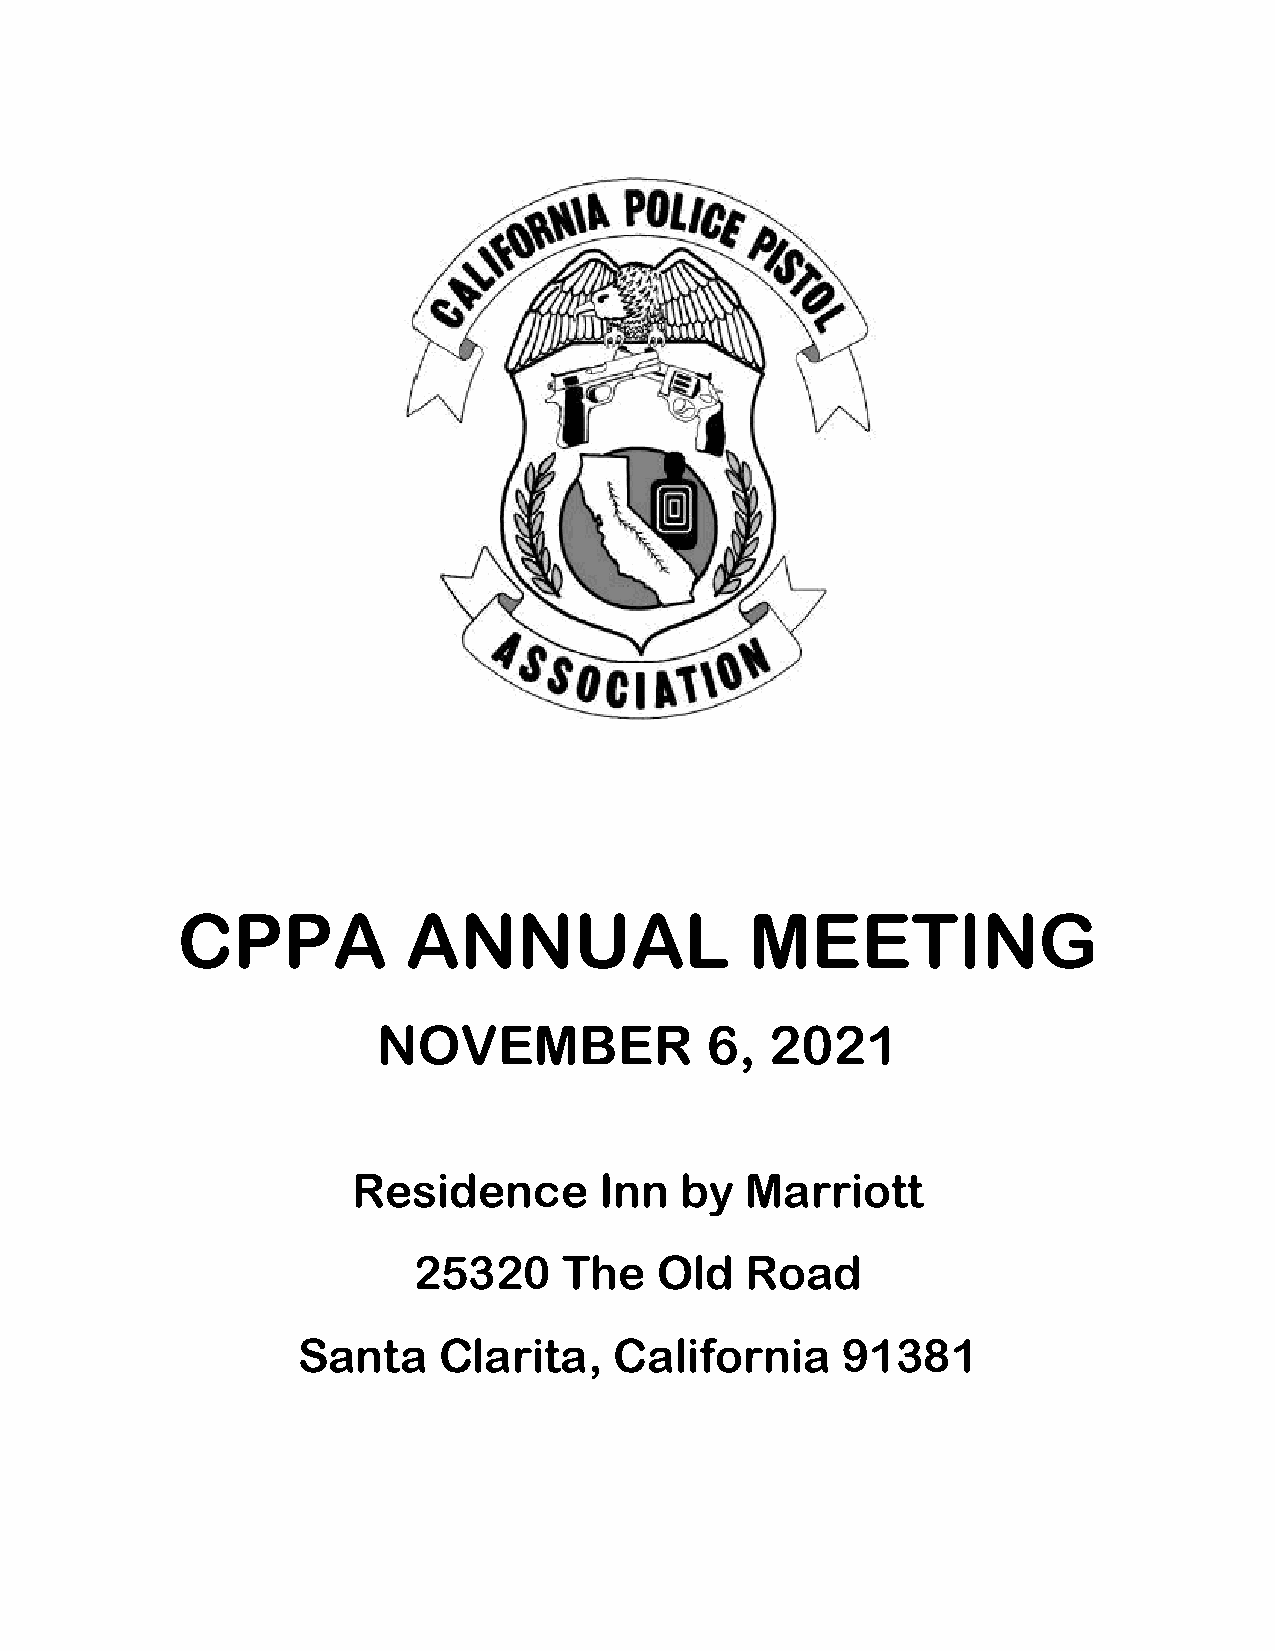
CPPA           ANNUAL                 MEETING
 NOVEMBER              6,  2021
 Residence        Inn  by  Marriott
 25320     The   Old   Road
 Santa    Clarita,    California     91381